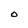
Character: O